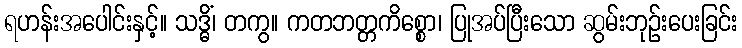
ရဟန်းအပေါင်းနှင့်။ သဒ္ဓိံ၊ တကွ။ ကတဘတ္တကိစ္စော၊ ပြုအပ်ပြီးသော ဆွမ်းဘုဉ်းပေးခြင်း